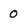
Character: O